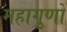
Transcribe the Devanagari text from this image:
महागुणों